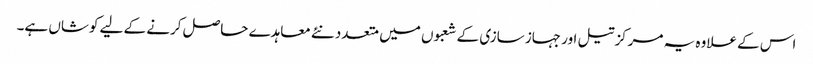
اس کے علاوہ یہ مرکز تیل اور جہاز سازی کے شعبوں میں متعدد نئے معاہدے حاصل کرنے کے لیے کوشاں ہے۔